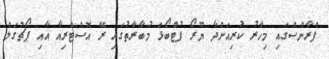
ފްރާންސްގައި މިހާރު ކުރިއަށްދާ ޔޫރޯ ފުޓްބޯޅަ މުބާރާތުގައި ރޭ އޮސްޓްރިއާ އާއި ޕޯޗުގަލް